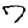
Digit: 7